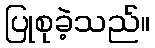
ပြုစုခဲ့သည်။